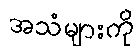
အသံများကို